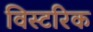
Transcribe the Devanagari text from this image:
विस्टरिक